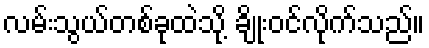
လမ်းသွယ်တစ်ခုထဲသို့ ချိုးဝင်လိုက်သည်။